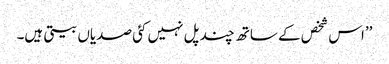
’’اس شخص کے ساتھ چند پل نہیں کئی صدیاں بیتی ہیں۔